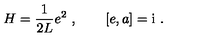
H = \frac { 1 } { 2 L } e ^ { 2 } \ , \qquad [ e , a ] = \mathrm { i } \ .